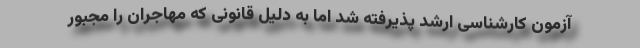
آزمون کارشناسی ارشد پذیرفته شد اما به دلیل قانونی که مهاجران را مجبور